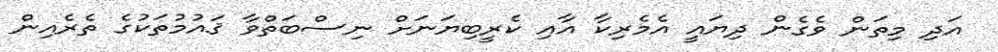
އަދި މިތަން ވެގެން ދިޔައީ އެމެރިކާ އާއި ކެރީބިޔަނަށް ނިސްބަތްވާ ޤައުމުތަކުގެ ތެރެއިން